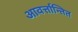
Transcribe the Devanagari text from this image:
आवर्त्तान्तित